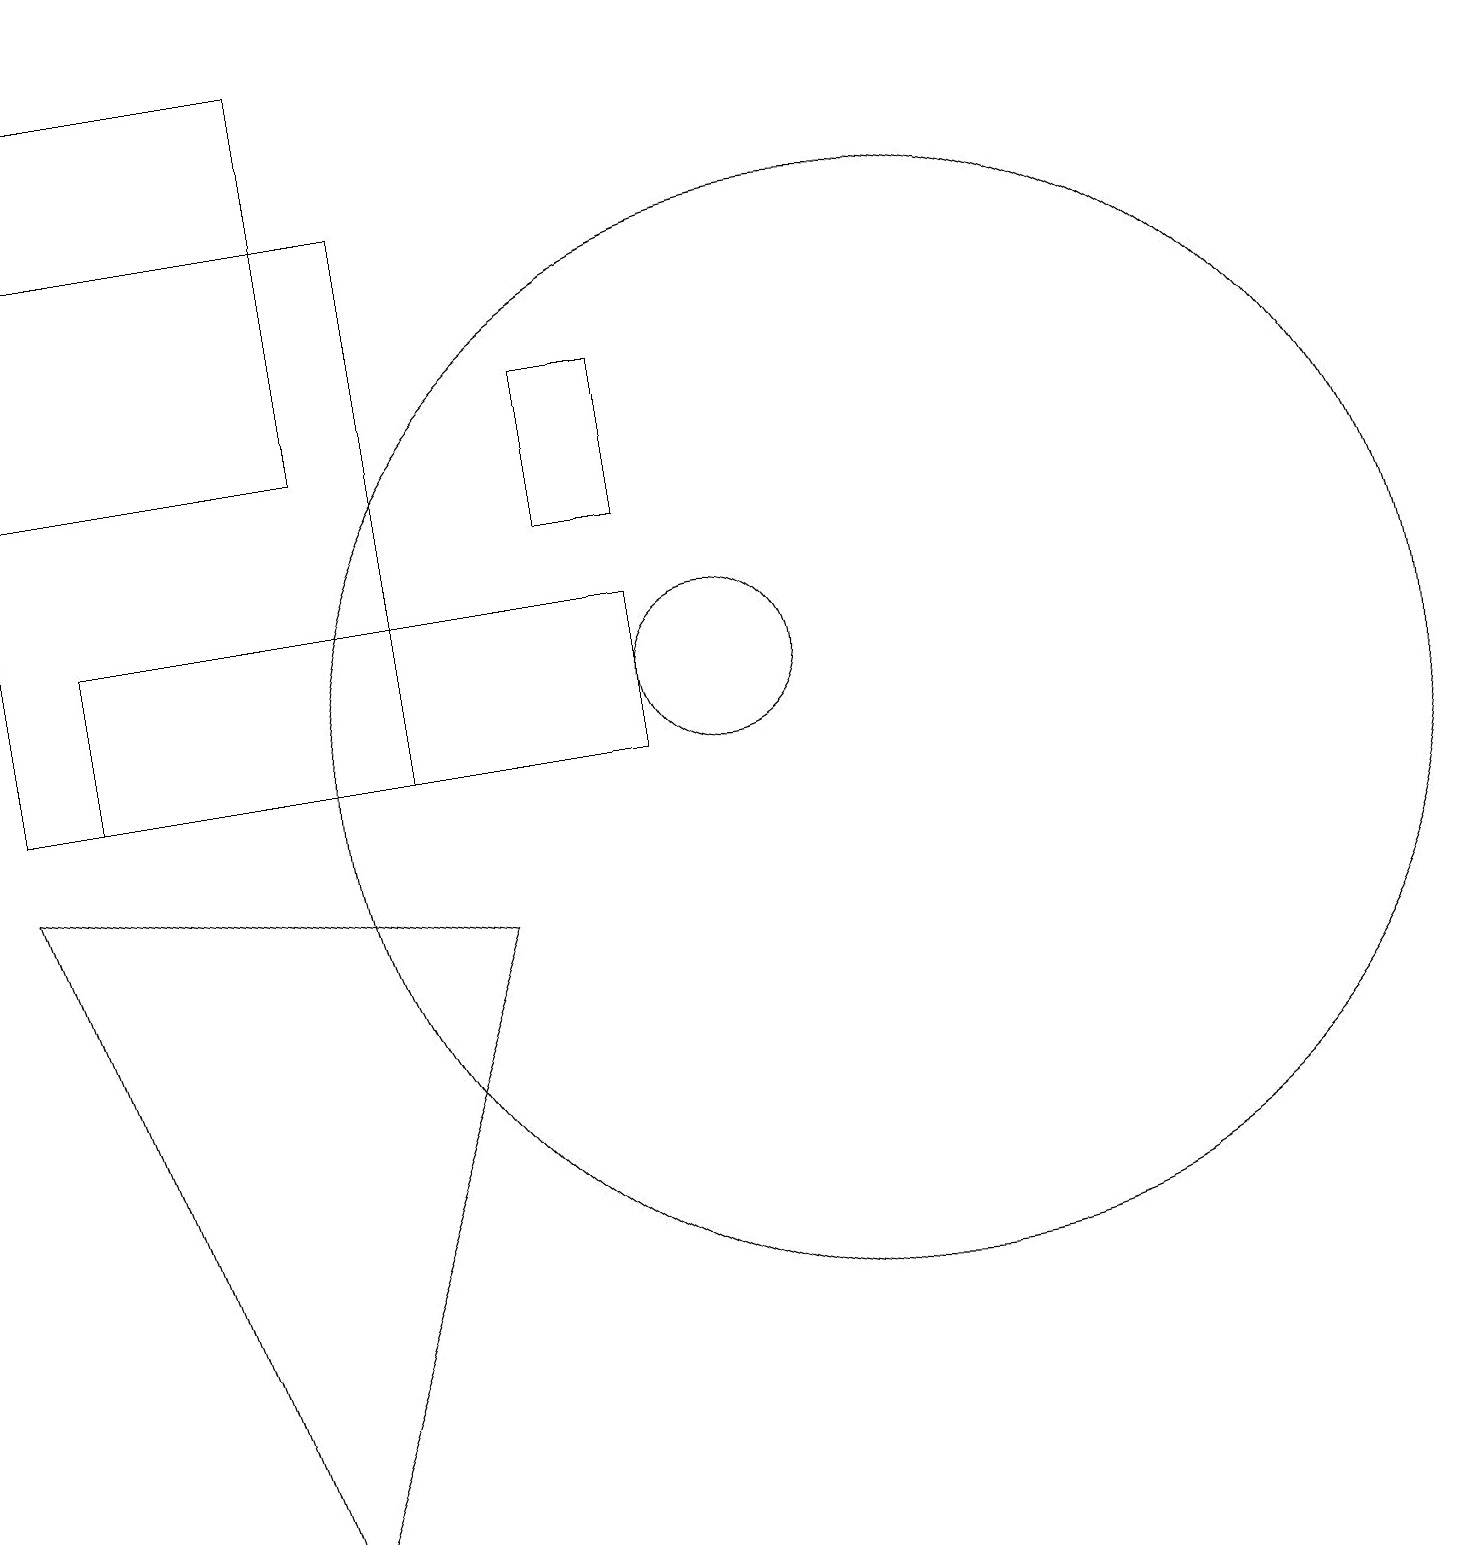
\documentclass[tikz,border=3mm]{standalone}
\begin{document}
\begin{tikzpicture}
\draw (9,13) rectangle (8,15);
\draw (10,11) circle (1);
\draw (1,14) rectangle (5,19);
\draw (12,10) circle (7);
\draw (1,10) rectangle (6,17);
\draw (9,10) rectangle (2,12);
\draw (7,8) -- (4,0) -- (1,9) -- cycle;
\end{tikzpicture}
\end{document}